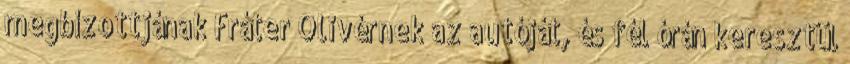
megbízottjának Fráter Olivérnek az autóját, és fél órán keresztül